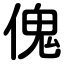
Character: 傀